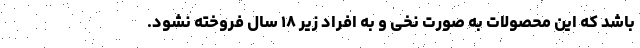
باشد که این محصولات به صورت نخی و به افراد زیر ۱۸ سال فروخته نشود.